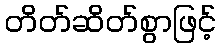
တိတ်ဆိတ်စွာဖြင့်